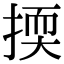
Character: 㨎